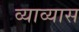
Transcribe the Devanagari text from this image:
व्याव्यास